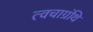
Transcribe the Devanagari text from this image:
त्वचाग्रंथि